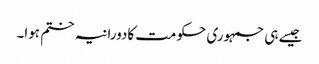
جیسے ہی جمہوری حکومت کادورانیہ ختم ہوا۔